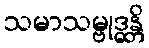
သမာသမ္ဗုဒ္ဓန္တိ